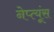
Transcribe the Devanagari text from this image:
नेप्त्यूंस